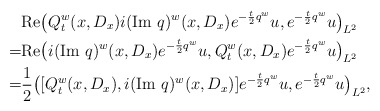
\begin{align*}& \textrm{Re}\big(Q_t^w(x,D_x)i(\textrm{Im }q)^w(x,D_x)e^{-\frac{t}{2}q^w}u,e^{-\frac{t}{2}q^w}u\big)_{L^2}\\ =& \textrm{Re}\big(i(\textrm{Im }q)^w(x,D_x)e^{-\frac{t}{2}q^w}u,Q_t^w(x,D_x)e^{-\frac{t}{2}q^w}u\big)_{L^2}\\ =& \frac{1}{2}\big([Q_t^w(x,D_x),i(\textrm{Im }q)^w(x,D_x)]e^{-\frac{t}{2}q^w}u,e^{-\frac{t}{2}q^w}u\big)_{L^2},\end{align*}